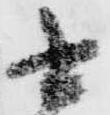
書